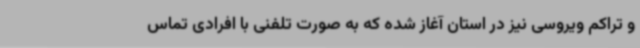
و تراکم ویروسی نیز در استان آغاز شده که به صورت تلفنی با افرادی تماس